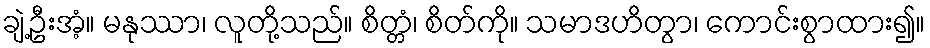
ချဲ့ဦးအံ့။ မနုဿာ၊ လူတို့သည်။ စိတ္တံ၊ စိတ်ကို။ သမာဒဟိတွာ၊ ကောင်းစွာထား၍။